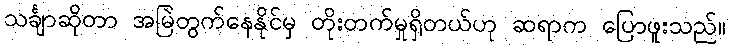
သင်္ချာဆိုတာ အမြဲတွက်နေနိုင်မှ တိုးတက်မှုရှိတယ်ဟု ဆရာက ပြောဖူးသည်။